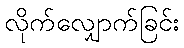
လိုက်လျှောက်ခြင်း